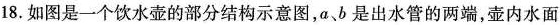
18.如图是一个饮水壶的部分结构示意图，a、b是出水管的两端，壶内水面